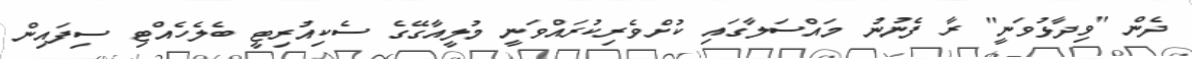
ދެން "ވިދާޅުވަނީ" ރާ ފެނުނު މައްސަލާގައި ކުށްވެރިކުރައްވަނީ މުލީއާގޭގެ ސެކިއުރިޓީ ބެލެހެއްޓި ސިފައިން